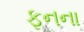
ફનના